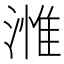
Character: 𣻰